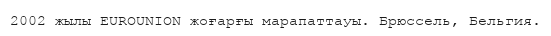
2002 жылы EUROUNION жоғарғы марапаттауы. Брюссель, Бельгия.